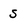
Character: s